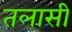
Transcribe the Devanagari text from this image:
तलासी